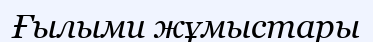
Ғылыми жұмыстары